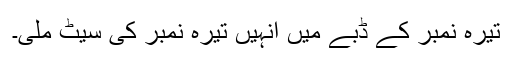
تیرہ نمبر کے ڈبے میں انہیں تیرہ نمبر کی سیٹ ملی۔